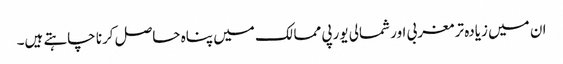
ان میں زیادہ تر مغربی اور شمالی یورپی ممالک میں پناہ حاصل کرنا چاہتے ہیں۔